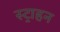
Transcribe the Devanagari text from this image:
स्ट्राहन